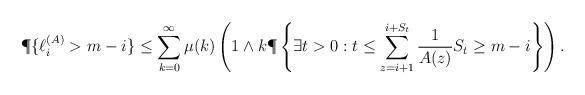
LaTeX: \begin{align*}\P \{ \ell ^{(A)} _i > m-i \} \leq \sum\limits_{k=0}^\infty \mu(k) \left(1 \wedge k\P\left\{ \exists t > 0:t \leq \sum\limits^{i + S _{t} }_{z = i+1 } \frac{1}{A(z)} S _{t} \geq m-i \right\}\right).\end{align*}